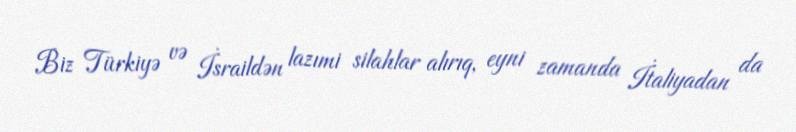
Biz Türkiyə və İsraildən lazımi silahlar alırıq, eyni zamanda İtaliyadan da